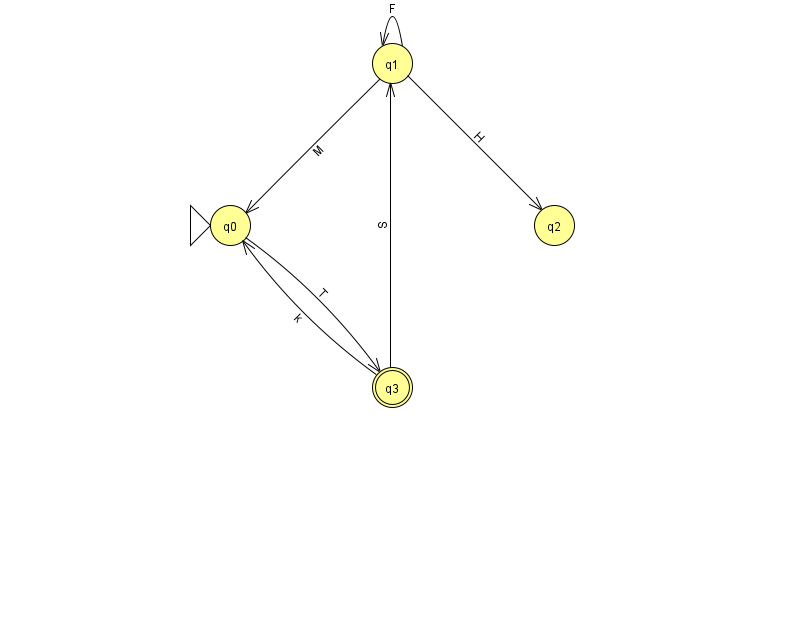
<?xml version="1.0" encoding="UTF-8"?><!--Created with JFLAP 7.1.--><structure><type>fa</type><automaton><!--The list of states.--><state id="0" name="q0"><x>230.0</x><y>212.0</y><initial/></state><state id="1" name="q1"><x>392.0</x><y>50.0</y></state><state id="2" name="q2"><x>554.0</x><y>212.0</y></state><state id="3" name="q3"><x>392.0</x><y>374.0</y><final/></state><!--The list of transitions.--><transition><from>1</from><to>2</to><read>H</read></transition><transition><from>3</from><to>0</to><read>k</read></transition><transition><from>1</from><to>1</to><read>F</read></transition><transition><from>0</from><to>3</to><read>T</read></transition><transition><from>1</from><to>0</to><read>M</read></transition><transition><from>3</from><to>1</to><read>S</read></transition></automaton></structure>